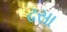
ઢસા